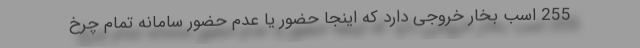
255 اسب بخار خروجی دارد که اینجا حضور یا عدم حضور سامانه تمام چرخ